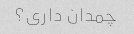
چمدان داری؟